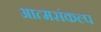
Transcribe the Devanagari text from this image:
आत्मसंकल्प